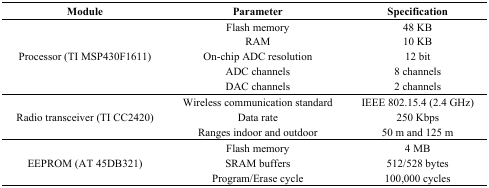
| Module | Parameter | Specification |
 | --- | --- | --- |
 | <ROWSPAN=5> Processor (TI MSP430F1611) | Flash memory | 48 KB |
 | RAM | 10 KB |
 | On-chip ADC resolution | 12 bit |
 | ADC channels | 8 channels |
 | DAC channels | 2 channels |
 | <ROWSPAN=3> Radio transceiver (TI CC2420) | Wireless communication standard | IEEE 802.15.4 (2.4 GHz) |
 | Data rate | 250 Kbps |
 | Ranges indoor and outdoor | 50 m and 125 m |
 | <ROWSPAN=3> EEPROM (AT 45DB321) | Flash memory | 4 MB |
 | SRAM buffers | 512/528 bytes |
 | Program/Erase cycle | 100,000 cycles |